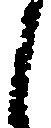
し